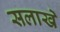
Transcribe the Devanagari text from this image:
सलाखे